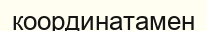
координатамен